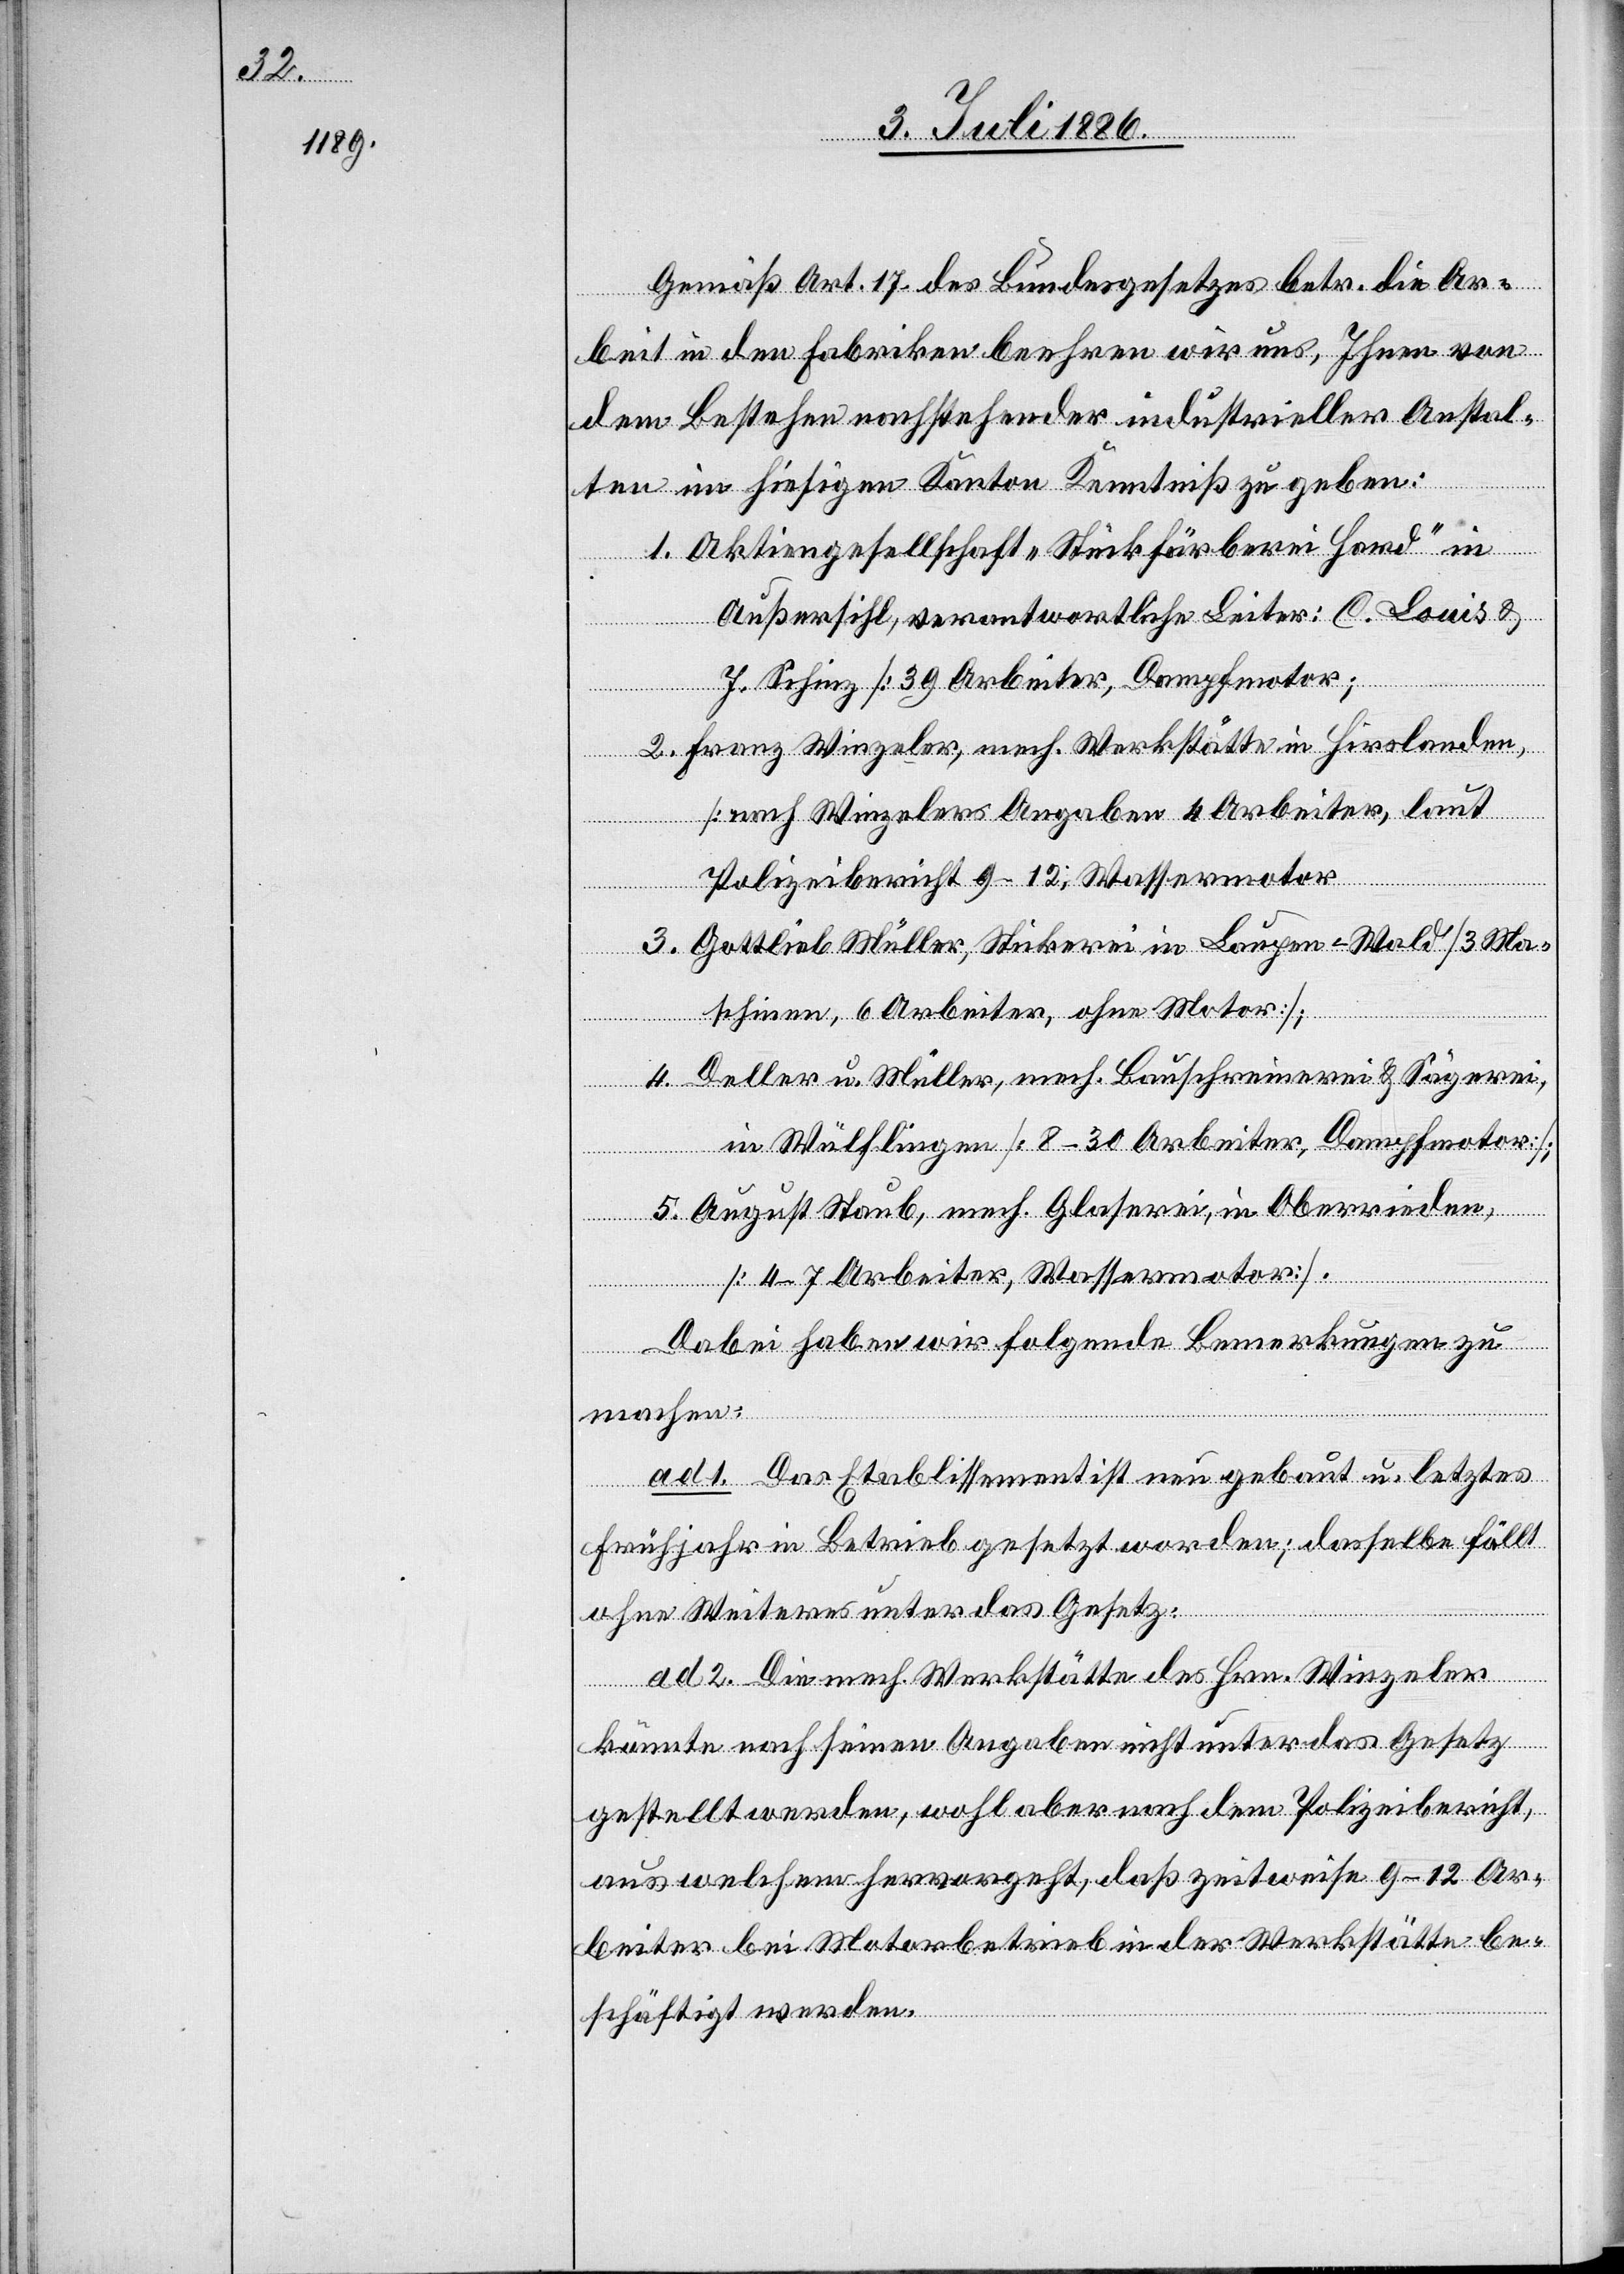
Gemäß Art. 17 des Bundesgesetzes betr. die Ar¬
beit in den Fabriken beehren wir uns, Ihnen von
dem Bestehen nachstehender industrieller Anstal¬
ten im hiesigen Kanton Kenntniß zu geben:
1. Aktiengesellschaft „Stückfärberei Hard“ in
Außersihl, verantwortliche Leiter: C. Louis &
J. Schinz [39 Arbeiter, Dampfmotor];
2. Franz Winzeler, mech. Werkstätte in Hirslanden
[nach Winzelers Angaben 4 Arbeiter, laut
Polizeibericht 9–12; Wassermotor];
3. Gottlieb Müller, Stickerei in Laupen - Wald [3 Ma¬
schinen, 6 Arbeiter, ohne Motor];
4. Deller u. Müller, mech. Bauschreinerei & Sägerei,
in Wülflingen [8–30 Arbeiter, Dampfmotor];
5. August Staub, mech. Glaserei, in Oberrieden
[4–7 Arbeiter, Wassermotor].
Dabei haben wir folgende Bemerkungen zu
machen:
ad 1. Das Etablissement ist neu gebaut u. letztes
Frühjahr in Betrieb gesetzt worden; dasselbe fällt
ohne Weiteres unter das Gesetz.
ad 2. Die mech. Werkstätte des Hrn. Winzeler
könnte nach seinen Angaben nicht unter das Gesetz
gestellt werden, wohl aber nach dem Polizeibericht,
aus welchem hervorgeht, daß zeitweise 9–12 Ar¬
beiter bei Motorbetrieb in der Werkstätte be¬
schäftigt werden.